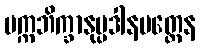
ပက္ကဘိက္ခာနုပ္ပဒါနမတ္တေန